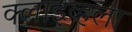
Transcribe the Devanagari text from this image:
क्लाइव्हला